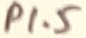
Text: P1.5